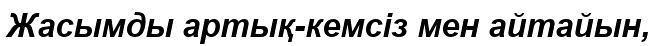
Жасымды артық-кемсіз мен айтайын,